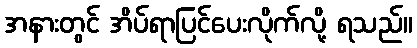
အနားတွင် အိပ်ရာပြင်ပေးလိုက်လို့ ရသည်။